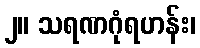
၂။ သရဏဂုံရဟန်း၊